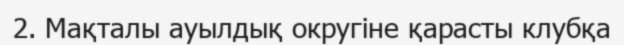
2. Мақталы ауылдық округіне қарасты клубқа